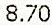
8.70